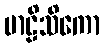
ဗာဠိသိကော